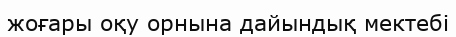
жоғары оқу орнына дайындық мектебі